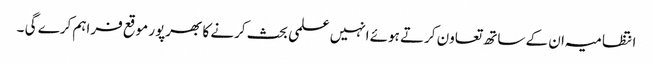
انتظامیہ ان کے ساتھ تعاون کرتے ہوئے انہیں علمی بحث کرنے کا بھرپور موقع فراہم کرے گی ۔